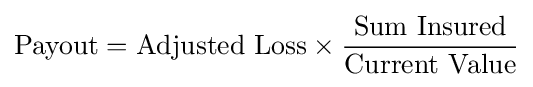
{\text{Payout}}={\text{Adjusted Loss}}\times {\frac {\text{Sum Insured}}{\text{Current Value}}}